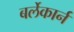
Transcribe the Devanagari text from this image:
बर्लेकार्न